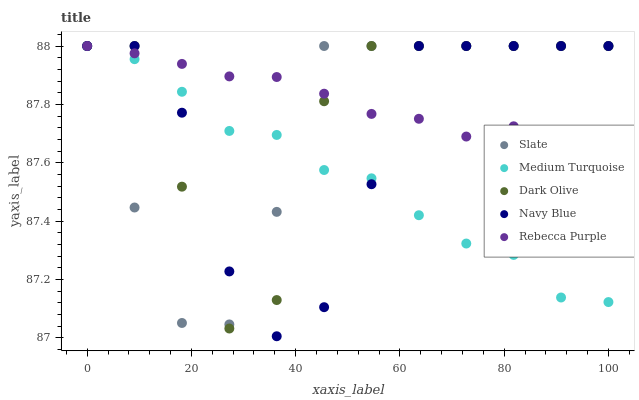
| xaxis_label | Slate | Medium Turquoise | Dark Olive | Navy Blue | Rebecca Purple |
 | --- | --- | --- | --- | --- | --- |
 | 0 | 88 | 88 | 88 | 88 | 88 |
 | 9.09 | 87.4 | 88 | 88 | 88 | 88 |
 | 18.2 | 87.1 | 87.8 | 87.5 | 87.8 | 87.9 |
 | 27.3 | 87 | 87.7 | 87 | 87.2 | 87.9 |
 | 36.4 | 87.4 | 87.7 | 87.1 | 87 | 87.9 |
 | 45.5 | 88 | 87.6 | 87.8 | 87.1 | 87.8 |
 | 54.5 | 88 | 87.5 | 88 | 87.5 | 87.8 |
 | 63.6 | 88 | 87.4 | 88 | 88 | 87.8 |
 | 72.7 | 88 | 87.3 | 88 | 88 | 87.7 |
 | 81.8 | 88 | 87.3 | 88 | 88 | 87.7 |
 | 90.9 | 88 | 87.1 | 88 | 88 | 87.6 |
 | 100 | 88 | 87.1 | 88 | 88 | 87.6 |